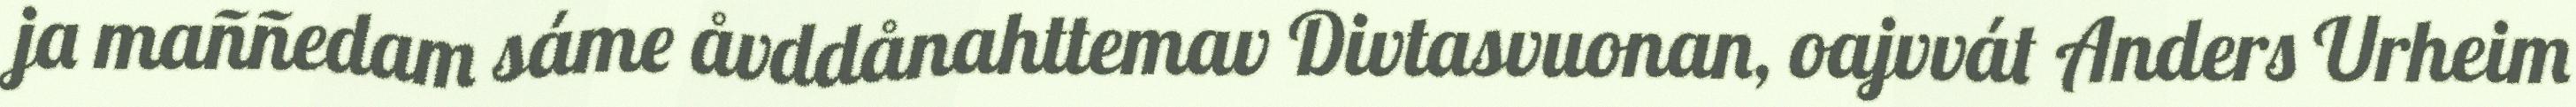
ja maññedam sáme åvddånahttemav Divtasvuonan, oajvvát Anders Urheim